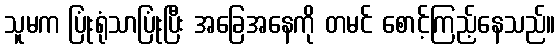
သူမက ပြုံးရုံသာပြုံးပြီး အခြေအနေကို တမင် စောင့်ကြည့်နေသည်။